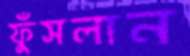
ফুঁসলান